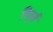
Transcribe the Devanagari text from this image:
निनुर्त